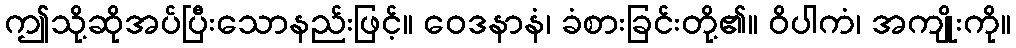
ဤသို့ဆိုအပ်ပြီးသောနည်းဖြင့်။ ဝေဒနာနံ၊ ခံစားခြင်းတို့၏။ ဝိပါကံ၊ အကျိုးကို။